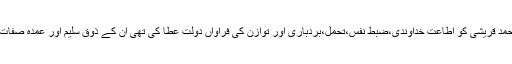
اللہ کریم نے ڈاکٹر نثار احمد قریشی کو اطاعت خداوندی،ضبط نفس،تحمل،بردباری اور توازن کی فراواں دولت عطا کی تھی ان کے ذوق سلیم اور عمدہ صفات کا ایک عالم معترف تھا۔